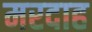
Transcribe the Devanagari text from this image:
मरदाह